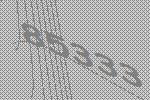
85333